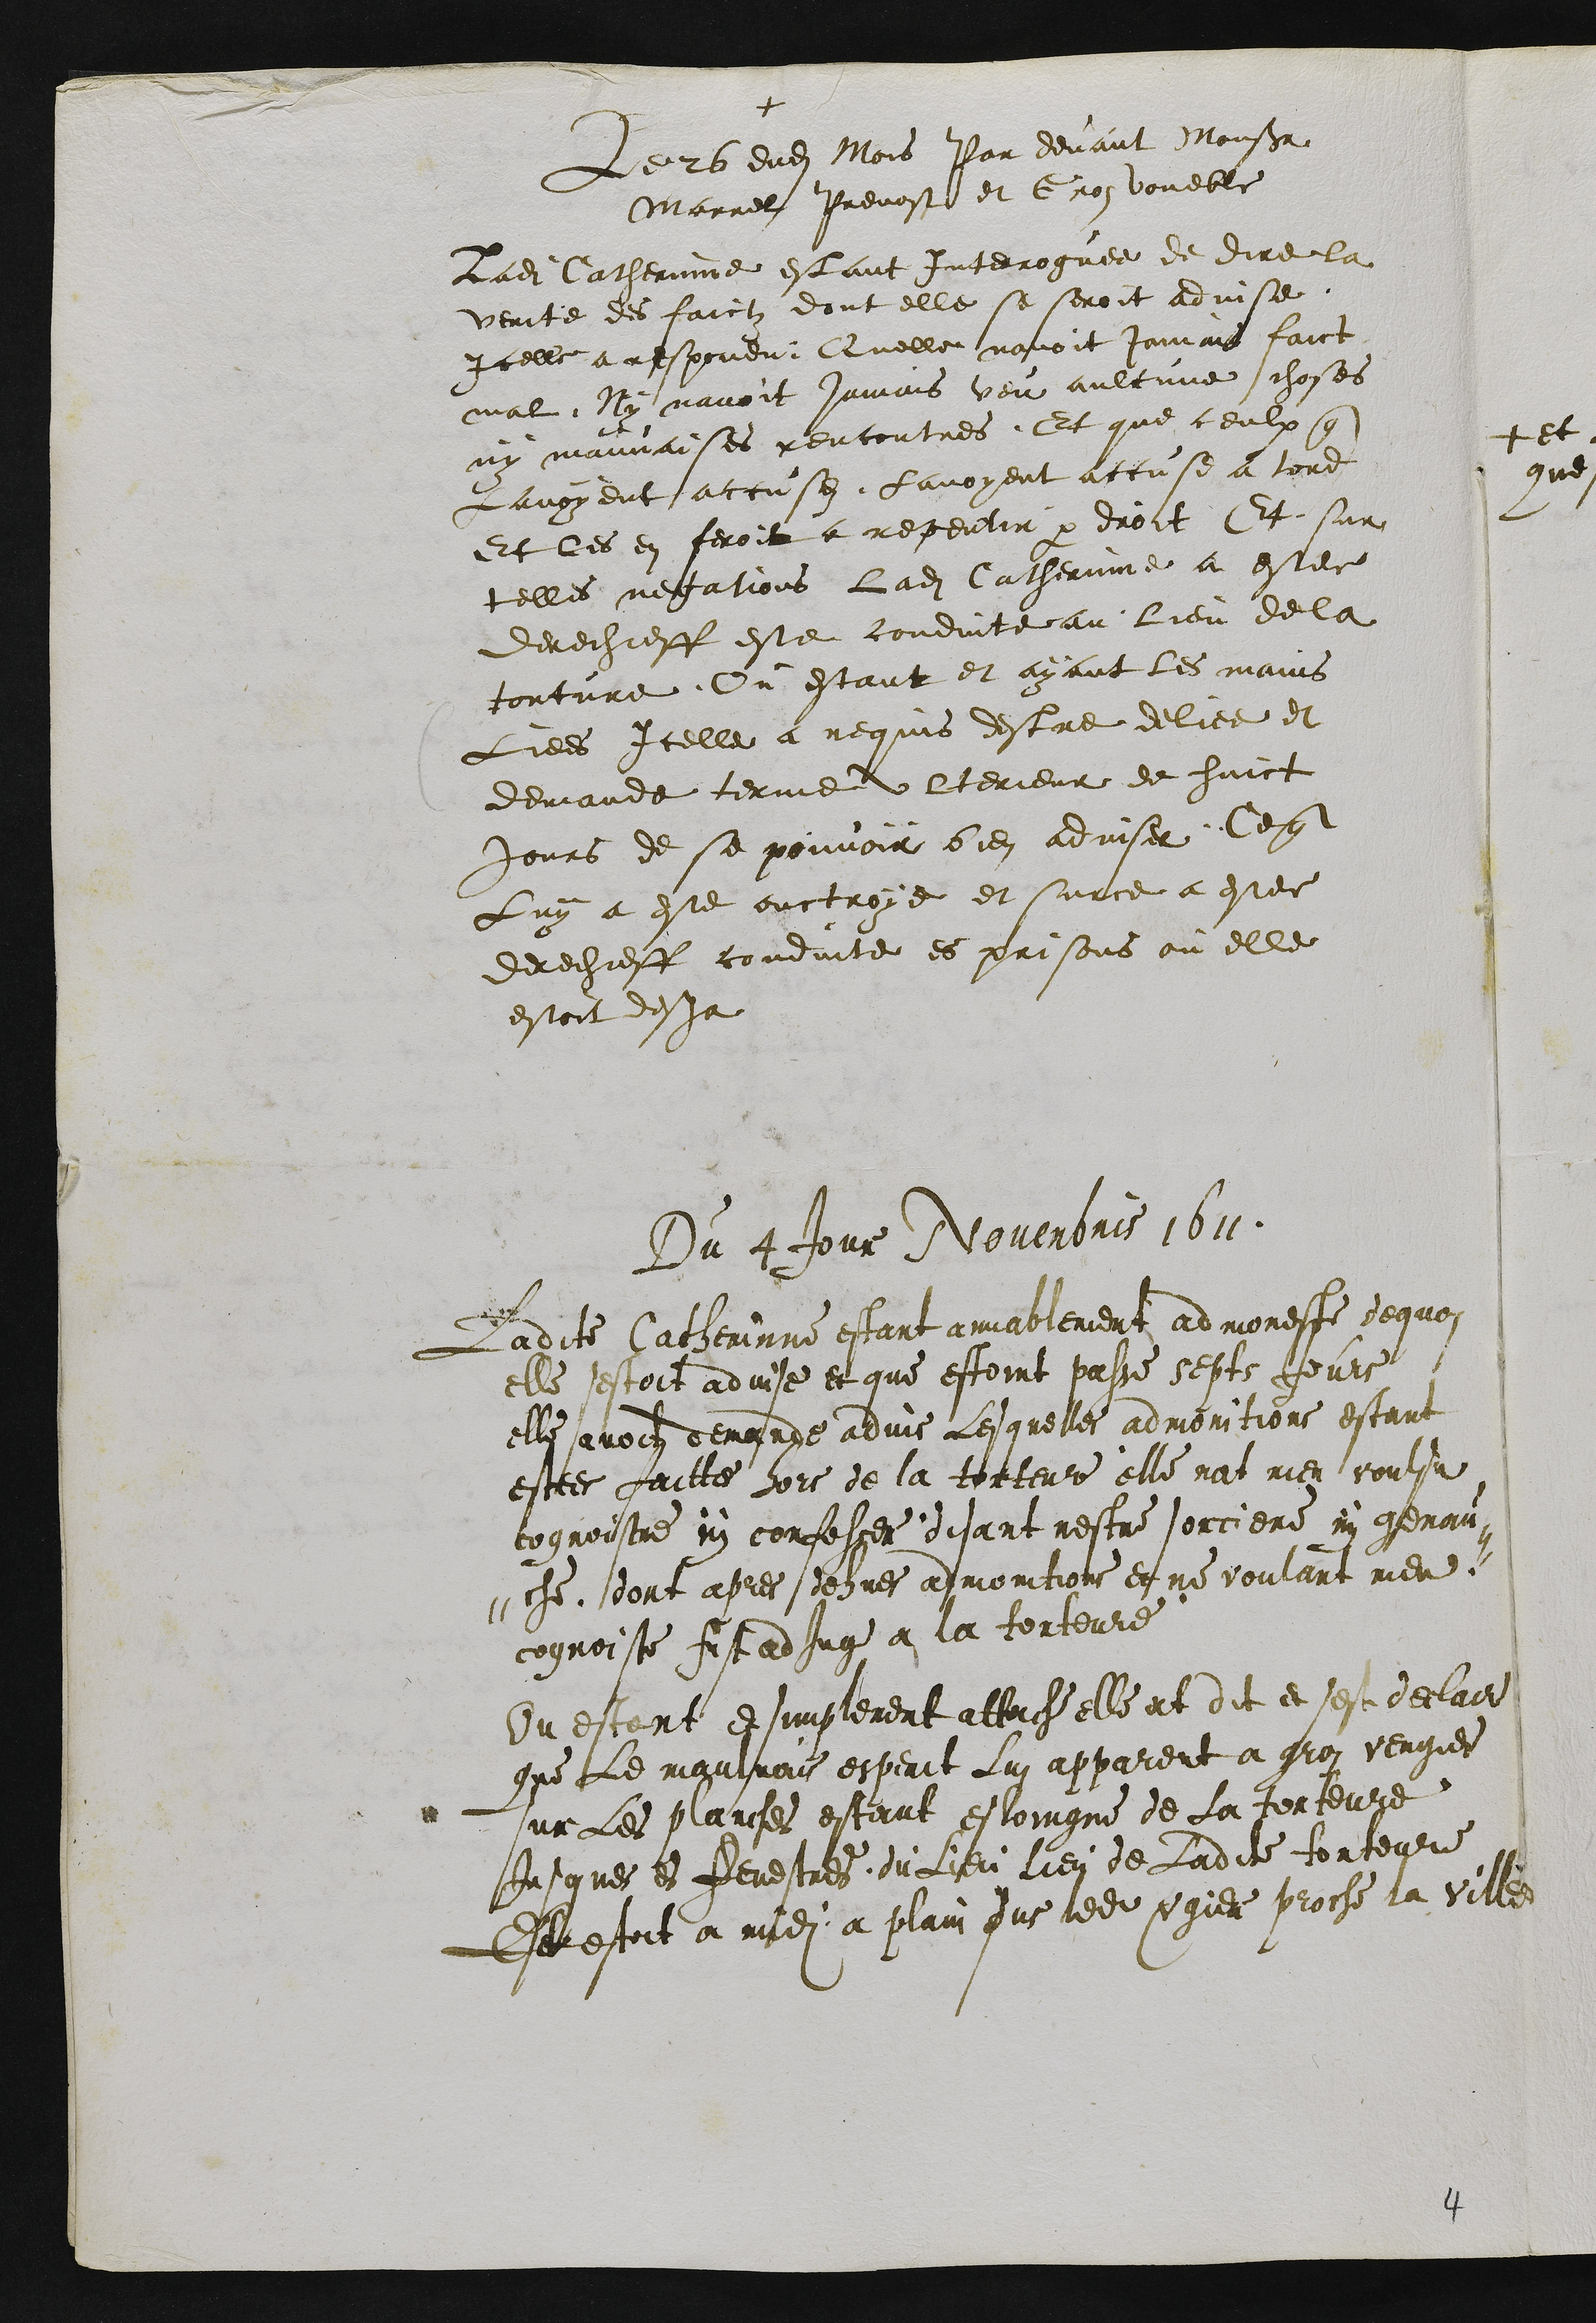
+
Le 26 dudit Mois Par devant Monsieur
Marrel Prevost et Gros voueble
Ladite Catherinne estant interroguee de dire la
verite des faictz dont elle se seroit advise
Icelle a respondu Quelle navoit jamais faict
mal Ny navoit jamais veu aulcune choses
ny mauvaises rencontres. Et que ceulx que
Lavoyent accuses Lavoyent accuse a tord
Et les en feroit a repentir par droit Et sur
telles negations ladite Catherie a estee
derechieff este conduite au lieu de la
torture Ou estant et ayant les mains
Liees Icelle a requis destre deliee et
demande terme ulterieur de huict
jours de se pouvoir bien adviser. Ce que
Luy a este ouctroye et surce a estee
derechieff conduite es prisons ou elle
estoit desja
Du 4 Jour Novembris 1611
Ladite Catherinne estant aimablement admoneste dequoi
elle sestoit advise et que estoint passe sept jours
elle avoit demande advis lesquelles admonitions estant
estee faittes hors de la torture elle nat rien voulsu
cognoistre ny confesser disant nestre sorciere ny genau-
-che dont apres dehues admonitions et ne voulant rien
cognoiste fust adjuge a la torteure
Ou estant et simplement attache elle at dit et sest declare
que le maulvais esperit Lui appareut a gros vergier
sur Les planches estant esloingne de la torteure
Jusques es fenestres du lieu lieu de ladite torteure
Et  estoit a midi a plain sus ledit vergier proche la ville